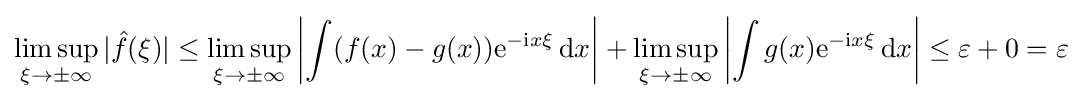
\limsup _{\xi \rightarrow \pm \infty }|{\hat {f}}(\xi )|\leq \limsup _{\xi \to \pm \infty }\left|\int (f(x)-g(x))\mathrm {e} ^{-\mathrm {i} x\xi }\,\mathrm {d} x\right|+\limsup _{\xi \rightarrow \pm \infty }\left|\int g(x)\mathrm {e} ^{-\mathrm {i} x\xi }\,\mathrm {d} x\right|\leq \varepsilon +0=\varepsilon